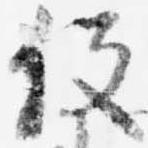
役